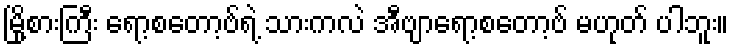
မြို့စားကြီး ရော့စတော့ဗ်ရဲ့ သားကလဲ အီဗျာရော့စတော့ဗ် မဟုတ် ပါဘူး။